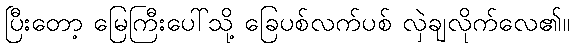
ပြီးတော့ မြေကြီးပေါ်သို့ ခြေပစ်လက်ပစ် လှဲချလိုက်လေ၏။